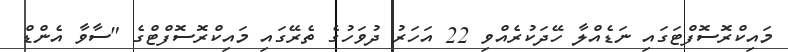
މައިކްރޮސޮފްޓަގައި ނަޑެއްލާ ހޭދަކުރެއްވި 22 އަހަރު ދުވަހުގެ ތެރޭގައި މައިކްރޮސޮފްޓްގެ "ސާވާ އެންޑް